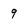
Character: 9